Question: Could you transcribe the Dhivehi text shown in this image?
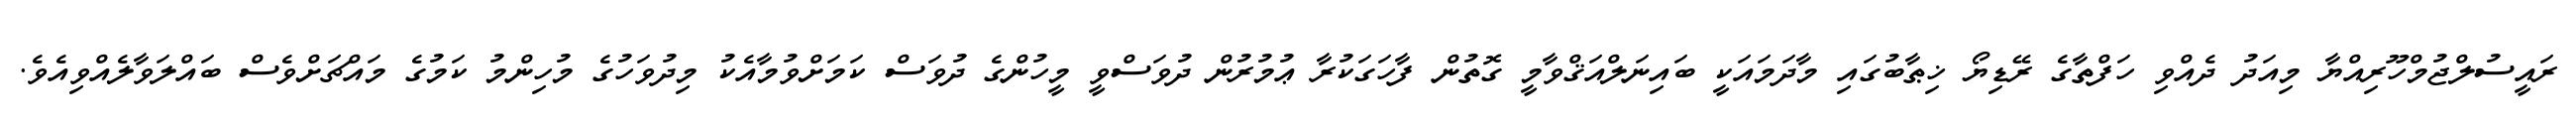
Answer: ރައީސުލްޖުމްހޫރިއްޔާ މިއަދު ދެއްވި ހަފްތާގެ ރޭޑިޔޯ ޚިޠާބުގައި މާދަމައަކީ ބައިނަލްއަޤްވާމީ ގޮތުން ފާހަގަކުރާ ޢުމުރުން ދުވަސްވީ މީހުންގެ ދުވަސް ކަމަށްވުމާއެކު މިދުވަހުގެ މުހިންމު ކަމުގެ މައްޗަށްވެސް ބައްލަވާލެއްވިއެވެ.